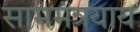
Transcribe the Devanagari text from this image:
साममंत्रयाय